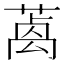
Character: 𦺃